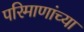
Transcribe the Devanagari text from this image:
परिमाणांच्या